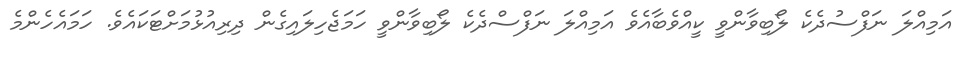
އަމިއްލަ ނަފްސުދެކެ ލޯބިވާންވީ ކީއްވެބާއެވެ އަމިއްލަ ނަފްސްދެކެ ލޯބިވާންވީ ހަމަޖެހިލައިގެން ދިރިއުޅުމަށްޓަކައެވެ. ހަމައެހެންމެ